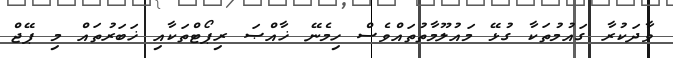
ވާދަކުރާ ގައުމުތަކާ ގުޅޭ މައުލޫމާތުތައްވެސް ހިމެނޭ ޚާއްޞަ ރިޕޯޓްތަކާއި ޚަބަރުތައް މި ޕޭޖް